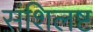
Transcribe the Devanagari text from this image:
संशिलष्ट